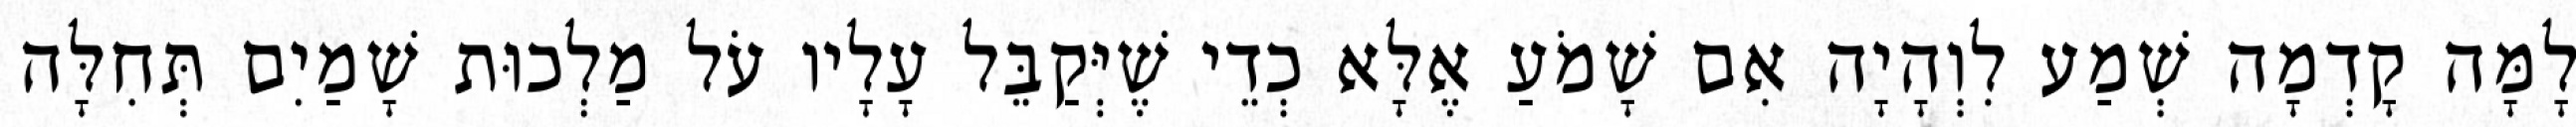
לָמָּה קָדְמָה שְׁמַע לִוְהָיָה אִם שָׁמֹעַ אֶלָּא כְדֵי שֶׁיְּקַבֵּל עָלָיו עֹל מַלְכוּת שָׁמַיִם תְּחִלָּה